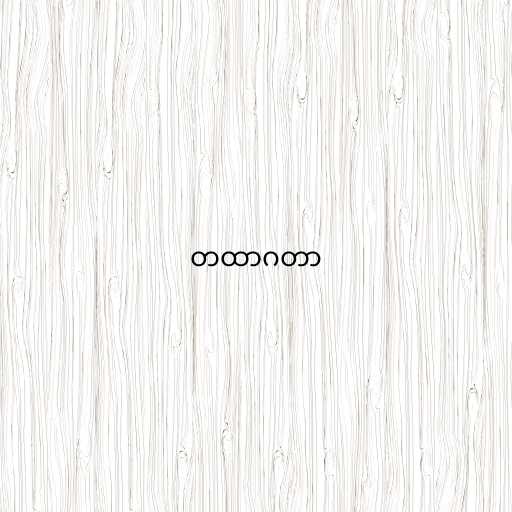
တထာဂတာ